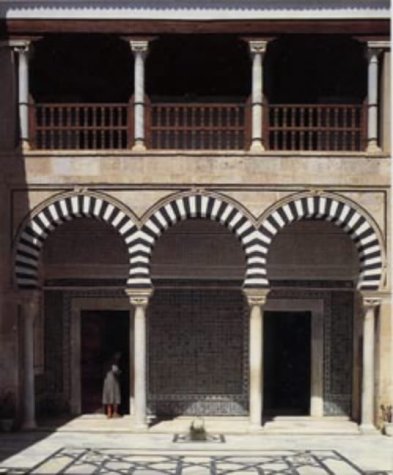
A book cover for Tunisia (Blue Guides); Travel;